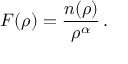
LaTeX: F ( \rho ) = \frac { n ( \rho ) } { \rho ^ { \alpha } } \, .